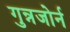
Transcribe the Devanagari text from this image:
गुन्नजोर्न